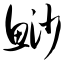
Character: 鲨